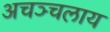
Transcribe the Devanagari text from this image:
अचञ्चलाय